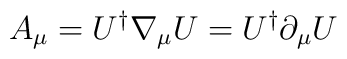
A_\mu = U^\dagger \nabla_\mu U = U^\dagger \partial_\mu U\